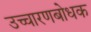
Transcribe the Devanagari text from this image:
उच्चारणबोधक